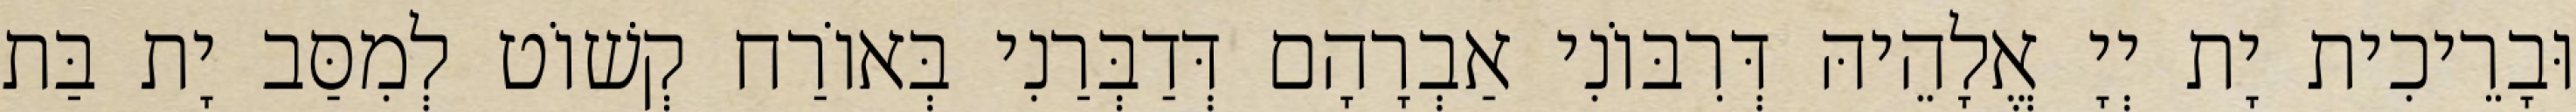
וּבָרֵיכִית יָת יְיָ אֱלָהֵיהּ דְּרִבּוֹנִי אַבְרָהָם דְּדַבְּרַנִי בְּאוֹרַח קְשׁוֹט לְמִסַּב יָת בַּת